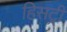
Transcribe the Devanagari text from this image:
हिसट्री